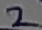
Text: 2